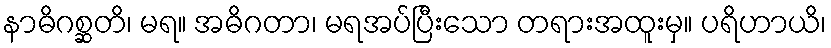
နာဓိဂစ္ဆတိ၊ မရ။ အဓိဂတာ၊ မရအပ်ပြီးသော တရားအထူးမှ။ ပရိဟာယိ၊